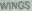
WINGS